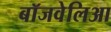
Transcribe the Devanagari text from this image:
बॉजवेलिआ